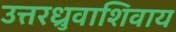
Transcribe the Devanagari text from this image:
उत्तरध्रुवाशिवाय